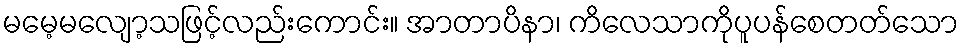
မမေ့မလျော့သဖြင့်လည်းကောင်း။ အာတာပိနာ၊ ကိလေသာကိုပူပန်စေတတ်သော